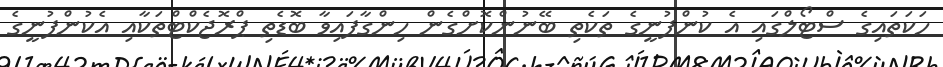
ހަކަތައިގެ ސްޓޯލްގައި އެ ކުންފުނީގެ ތަކެތި ބޭނުންކޮށްގެން ހިންގާފައިިވާ ބޮޑެތި ޕްރޮޖެކްޓްތަކާއި އެކުންފުނީގެ